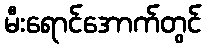
မီးရောင်အောက်တွင်